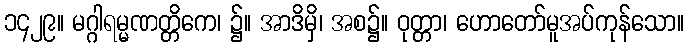
၁၄၂၉။ မဂ္ဂါရမ္မဏတ္တိကေ၊ ၌။ အာဒိမှိ၊ အစ၌။ ဝုတ္တာ၊ ဟောတော်မူအပ်ကုန်သော။